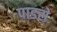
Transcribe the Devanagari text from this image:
पाडसे